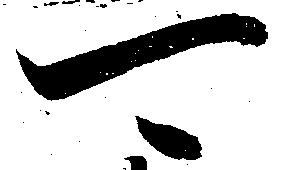
可